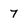
Character: 7